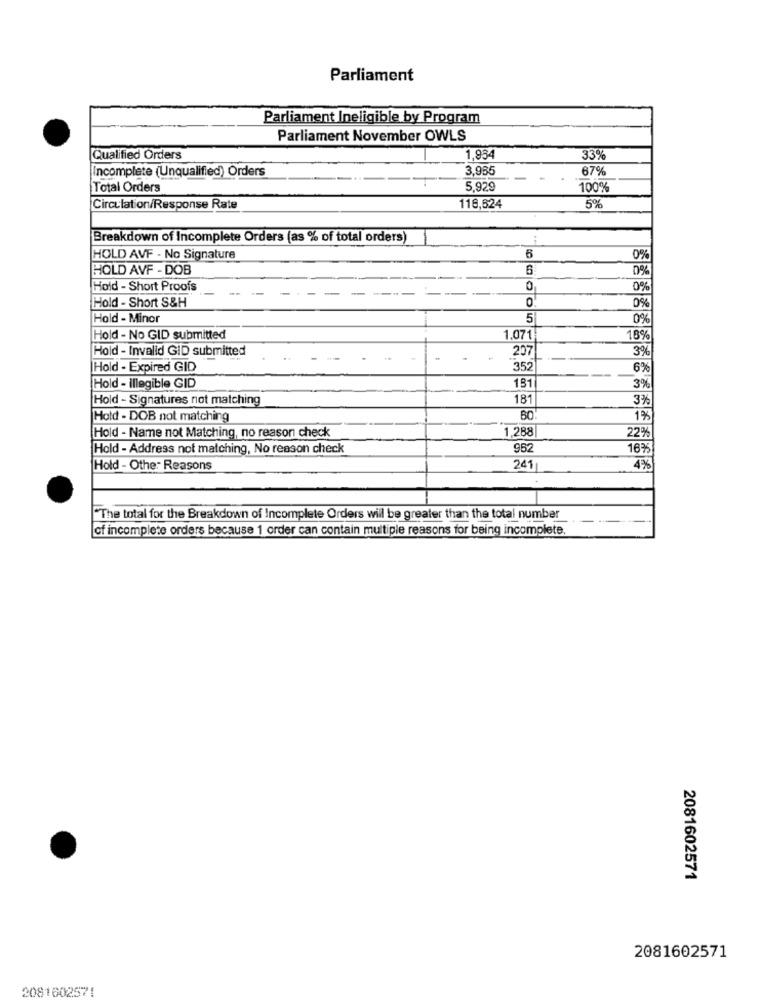
Parliament
Parliament Ineligible by Program
Parliament November OWLS
Qualified Orders
1,934
33%
Incomplete (Unqualified) Orders
3,985
67%
Total Orders
5.929
100%
Circulation/Response Rate
118,524
5%
Breakdown of Incomplete Orders (as % of total orders)
HOLD AVF - No Signature
6
0%
HOLD AVF - DOB
0%
Hold - Short Proofs
0
0%
Hold - Short S&H
0
0%
Hold - Minor
5
0%
Hold - No GID submitted
1.071
18%
Hold - Invalid GID submitted
207
3%
Hold - Expired GID
352
6%
181
Hold - Illegible GID
3%
Hold - Signatures not matching
181
3%
Hold - DOB not matching
1%
Hold - Name not Matching, no reason check
1.288
22%
Hold - Address not matching, No reason check
952
16%
Hold - Other Reasons
241
4%
"The total for the Breakdown of Incomplete Orders will be greater than the total number
of incomplete orders because 1 order can contain multiple reasons for being incomplete,
2081602571
2081602571
2081602571